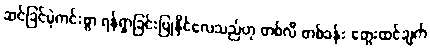
ဆင်ခြင်မဲ့ကင်းစွာ ရန်ရှာခြင်းပြုနိုင်လေသည်ဟု တစ်လီ တစ်ခန်း တွေးထင်ချက်